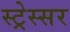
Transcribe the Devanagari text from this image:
स्ट्रेस्सर